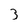
Character: 3